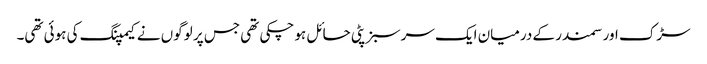
سڑک اور سمندر کے درمیان ایک سرسبز پٹی حائل ہو چکی تھی جس پر لوگوں نے کیمپنگ کی ہوئی تھی۔